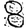
Digit: 8